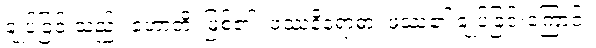
ချုပ်ခြင်းသည်။ ဟောတိ၊ ဖြစ်၏။ ဖဿနိရောဓာ၊ ဖဿ၏ ချုပ်ခြင်းကြောင့်။